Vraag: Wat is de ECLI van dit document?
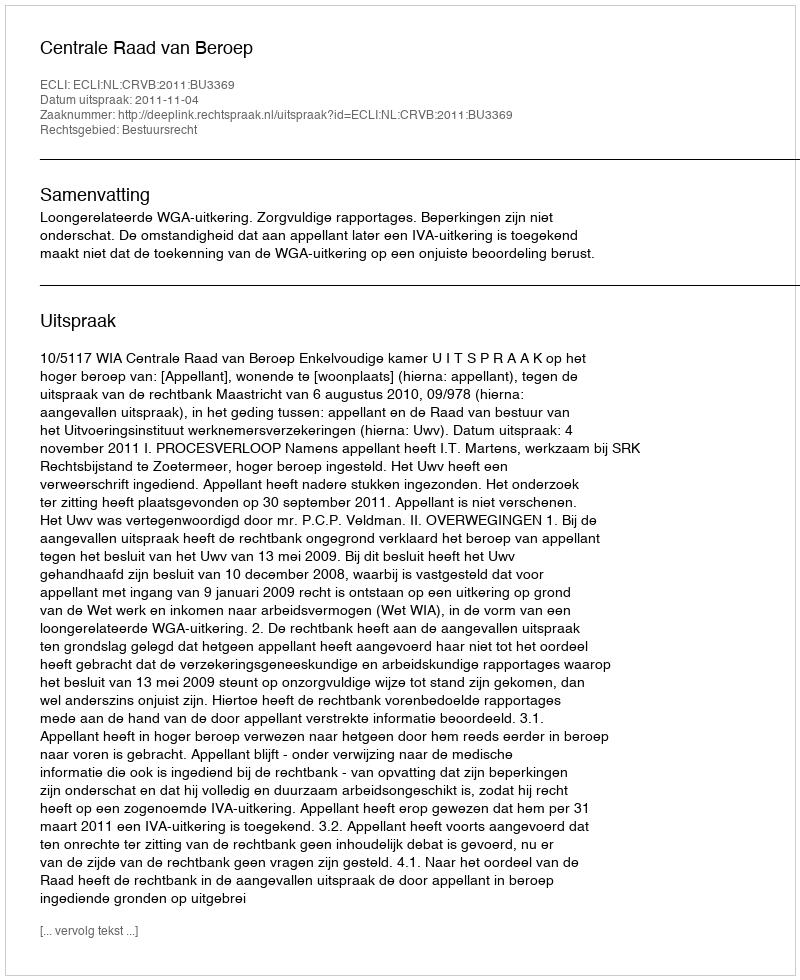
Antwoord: ECLI:NL:CRVB:2011:BU3369